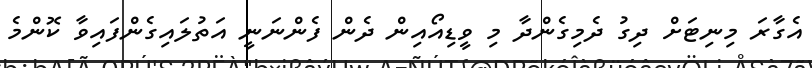
އެގާރަ މިނިޓަށް ދިގު ދެމިގެންދާ މި ވީޑިއޯއިން ދެން ފެންނަނީ އަތުލައިގެންފައިވާ ކޮންމެ